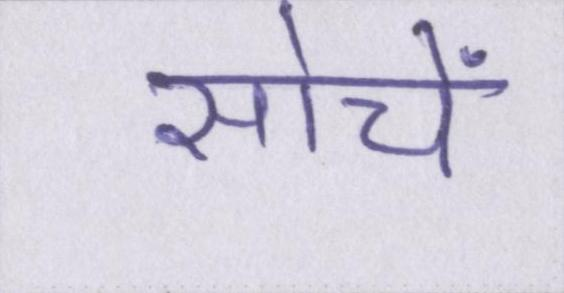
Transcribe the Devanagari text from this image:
सोचें